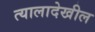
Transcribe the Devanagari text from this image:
त्यालादेखील